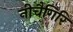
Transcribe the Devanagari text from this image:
नीचैगिरि